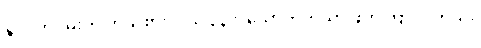
နိုင်ငံတဝှမ်းက ကိုယ်စားလှယ် ၃၃၆ ယောက်ကိုသာ ဖိတ်ကြားပါတယ်။